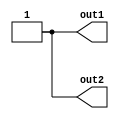
`default_nettype none
module genblk_order_top(
	output wire out1,
	output wire out2
);
	generate
		if (1) begin : outer
			if (1) begin : foo
				wire x = 0;
				if (1) begin : foo
					wire x = 1;
					assign out1 = foo.x;
				end
				assign out2 = foo.x;
			end
		end
	endgenerate
endmodule